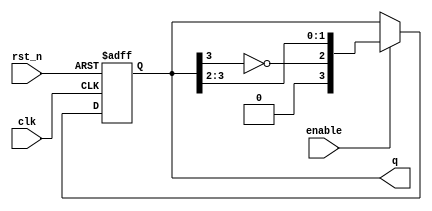
module johnson_counter (
    input wire clk,            // Clock signal
    input wire rst_n,         // Asynchronous active-low reset
    input wire enable,        // Enable signal for counting
    output reg [n-1:0] q      // Output of the counter
);
    parameter n = 4;          // Number of flip-flops (adjustable)
    
    // Asynchronous reset and counter logic
    always @(posedge clk or negedge rst_n) begin
        if (!rst_n) begin
            q <= 0;          // Reset counter to 0
        end else if (enable) begin
            // Johnson counter behavior
            q <= {~q[n-1], q[n-1:n-2]}; // Shift and invert last flip-flop
        end
    end

endmodule